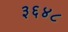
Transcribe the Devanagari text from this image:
३६४८